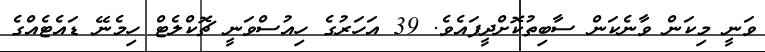
ވަނީ މިކަން ވާނެކަން ސާބިތުކޮށްދީފައެވެ. 39 އަހަރުގެ ހިއުސްވަނީ ޗޮކްލެޓް ހިމެނޭ ޑައެޓެއްގެ